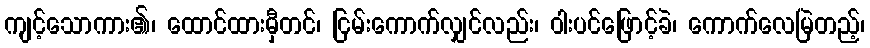
ကျင့်သောကား၏၊ ထောင်ထားမှီတင်၊ ငြမ်းကောက်လျှင်လည်း၊ ဝါးပင်ဖြောင့်ခဲ၊ ကောက်လေမြဲတည့်၊